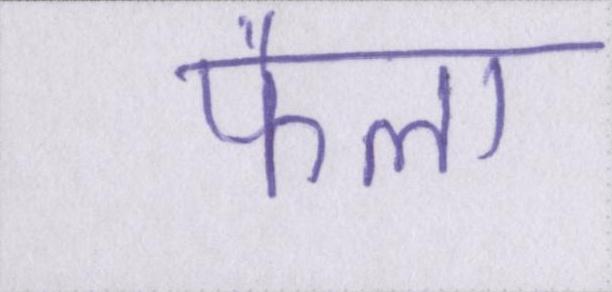
फैला